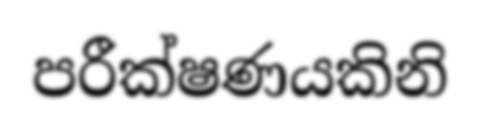
පරීක්ෂණයකිනි